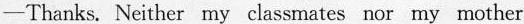
-Thanks. Neither my classmates nor my mother